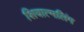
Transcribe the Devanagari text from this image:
शिवात्मलिंग